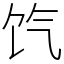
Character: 饩